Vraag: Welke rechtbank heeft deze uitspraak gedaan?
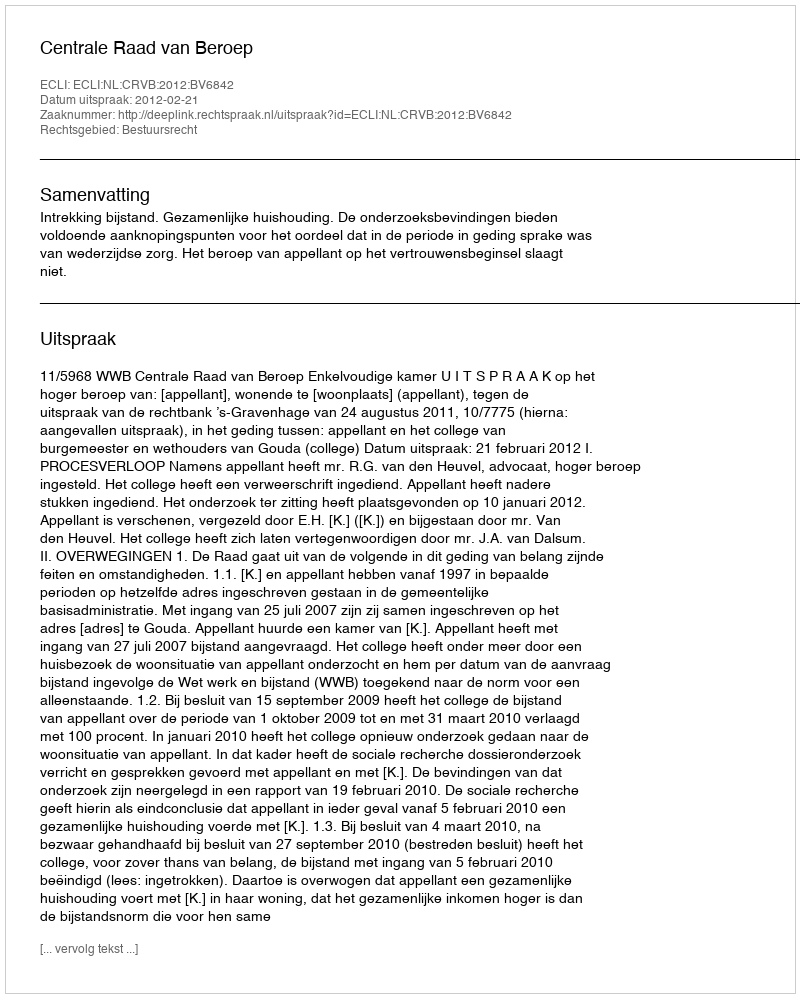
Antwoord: Centrale Raad van Beroep